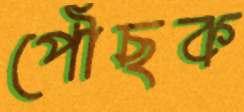
পৌঁছক